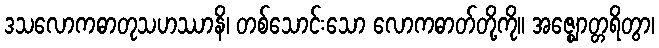
ဒသလောကဓာတုသဟဿာနိ၊ တစ်သောင်းသော လောကဓာတ်တို့ကို။ အဇ္ဈောတ္တရိတွာ၊